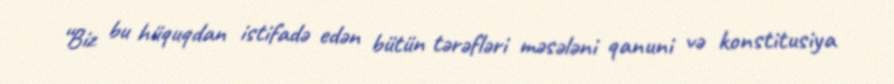
“Biz bu hüquqdan istifadə edən bütün tərəfləri məsələni qanuni və konstitusiya